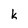
Character: k